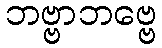
ဘဗ္ဗာဘဗ္ဗေ